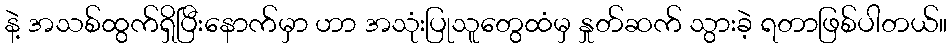
နဲ့ အသစ်ထွက်ရှိပြီးနောက်မှာ ဟာ အသုံးပြုသူတွေထံမှ နှုတ်ဆက် သွားခဲ့ ရတာဖြစ်ပါတယ်။